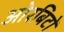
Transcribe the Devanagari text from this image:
ओरबिटों